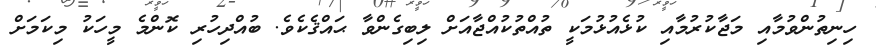
ހިނިތުންވުމާއި މަޖާކުރުމާއި ކުޅެއުޅުމަކީ ތުއްްތުކުއްޖާއަށް ލިބިގެންވާ ޙައްޤެކެވެ. ބުއްދިހުރި ކޮންމެ މީހަކު މިކަމަށް